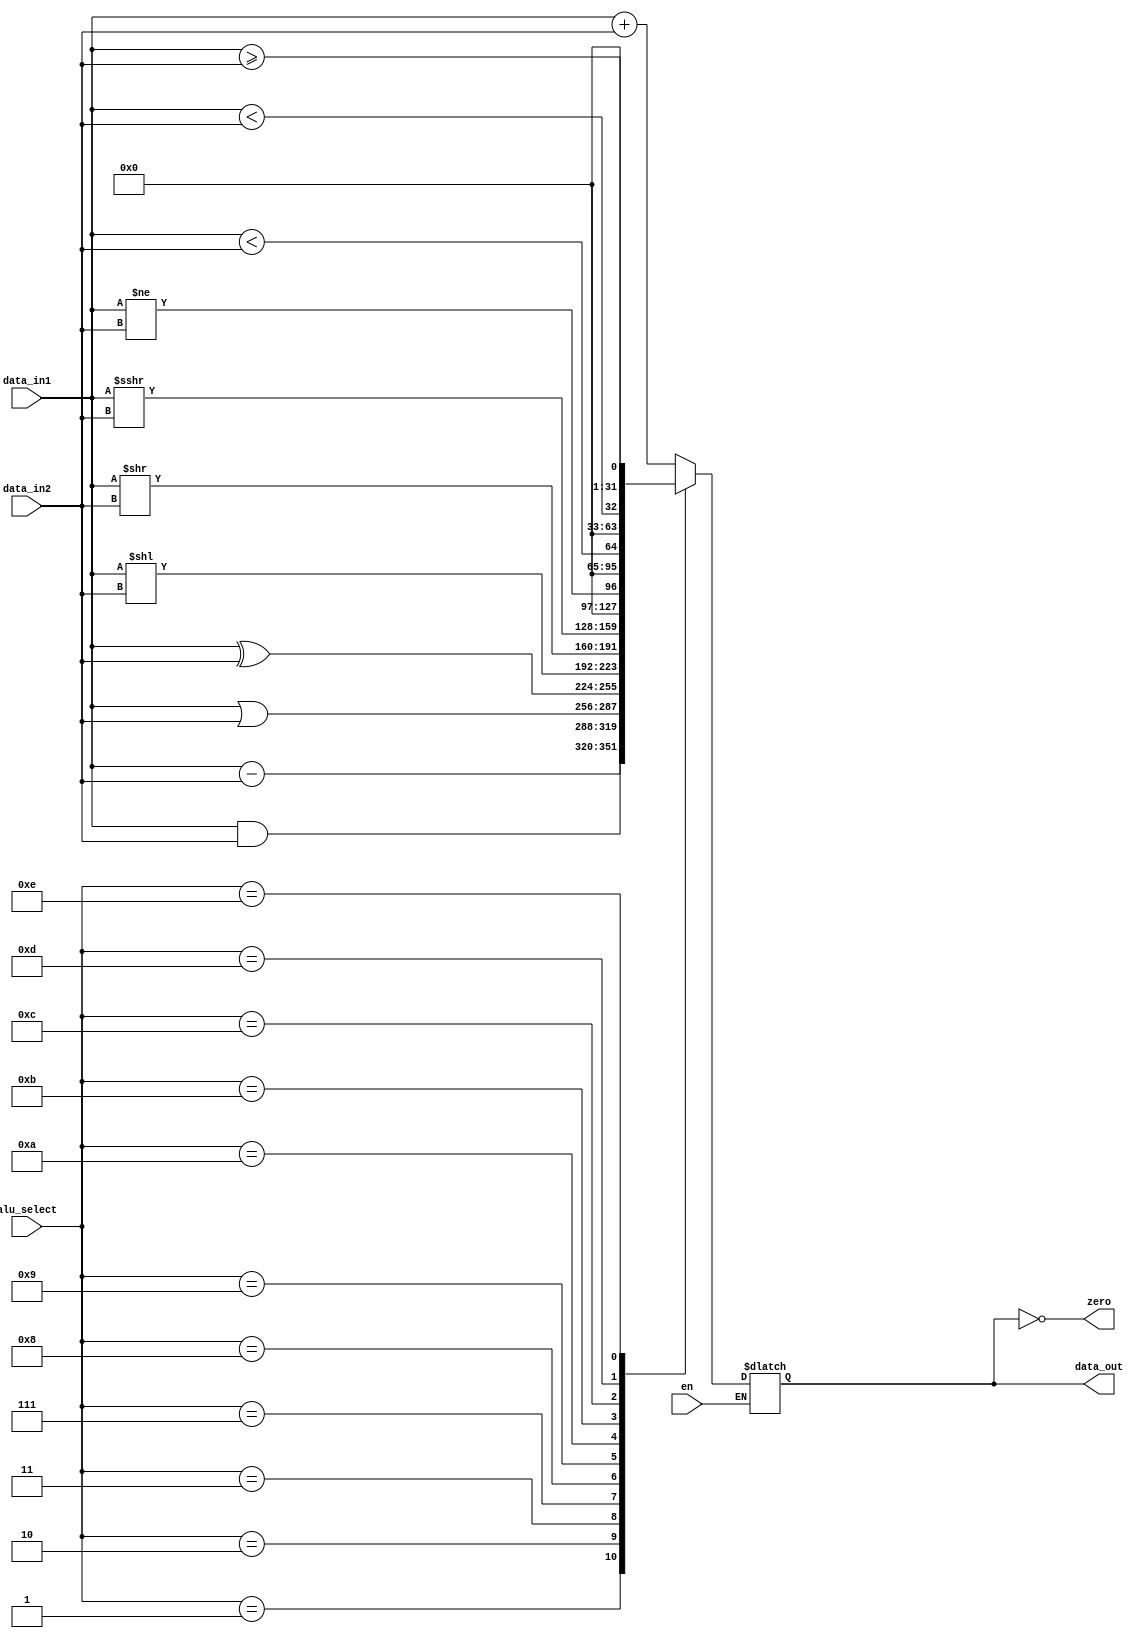
module ALU_Module(input [31:0]data_in1, data_in2,input [3:0] alu_select,
	        input en,
            output reg [31:0]data_out, output zero);

wire signed [31:0]s_op_a, s_op_b;
wire SLT,SGTE;

//Signed operands
assign s_op_a = data_in1;
assign s_op_b = data_in2;

assign SLT = s_op_a < s_op_b; //signed less than
assign SGTE = s_op_a >= s_op_b;//signed greater than


always @ *
begin
 if (en)
   begin
	case (alu_select)
	00: data_out <= data_in1 + data_in2; // ADD,ADDI,LW,SW,AUIPC,LUI
	01: data_out <= data_in1 - data_in2;//SUBTRACTION
	02: data_out <= data_in1 & data_in2;//AND,ANDI
	03: data_out <= data_in1 | data_in2;//OR,ORI
	07: data_out <= data_in1 ^ data_in2;//XOR,XORI
	08: data_out <= data_in1  << data_in2  ;  //SLLI,SLL (logical left shift)
	09: data_out <= data_in1  >> data_in2;   // SRLI,SRL (logical right sift)
	10: data_out <= data_in1  >>> data_in2 ; //SRAI,SRA (arithmetic shift right) 
	11: data_out <= (data_in1 != data_in2) ;  // BNE (not equals)
	12: data_out <= SLT ; //SLTI,SLT,BLT (signed less than)
	13: data_out <=  (data_in1 < data_in2) ;//BLTU,SLTU,SLTIU (unsigned less than)
	14: data_out <= SGTE; // BGE (signed greater than or equal to)
	//5: data_out <= data_in1 ; //JAL,JALR(passthrough)
    	default  data_out <= 32'bz;
  	endcase
end
end

	assign zero = (data_out==0);

endmodule